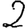
Digit: 2